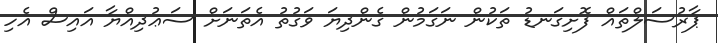
ޕާރުސަލްތައް ފޮށިގަނޑު ތަކުން ނަގަމުން ގެންދިޔަ ވަގުތު އެތަނަށް ސަޢުދިއްޔާ އައިސް އެހި